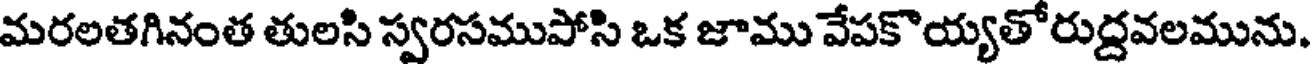
మరలతగినంత తులసి స్వరసముపోసి ఒక జాము వేపకొయ్యతోరుద్దవలమును.